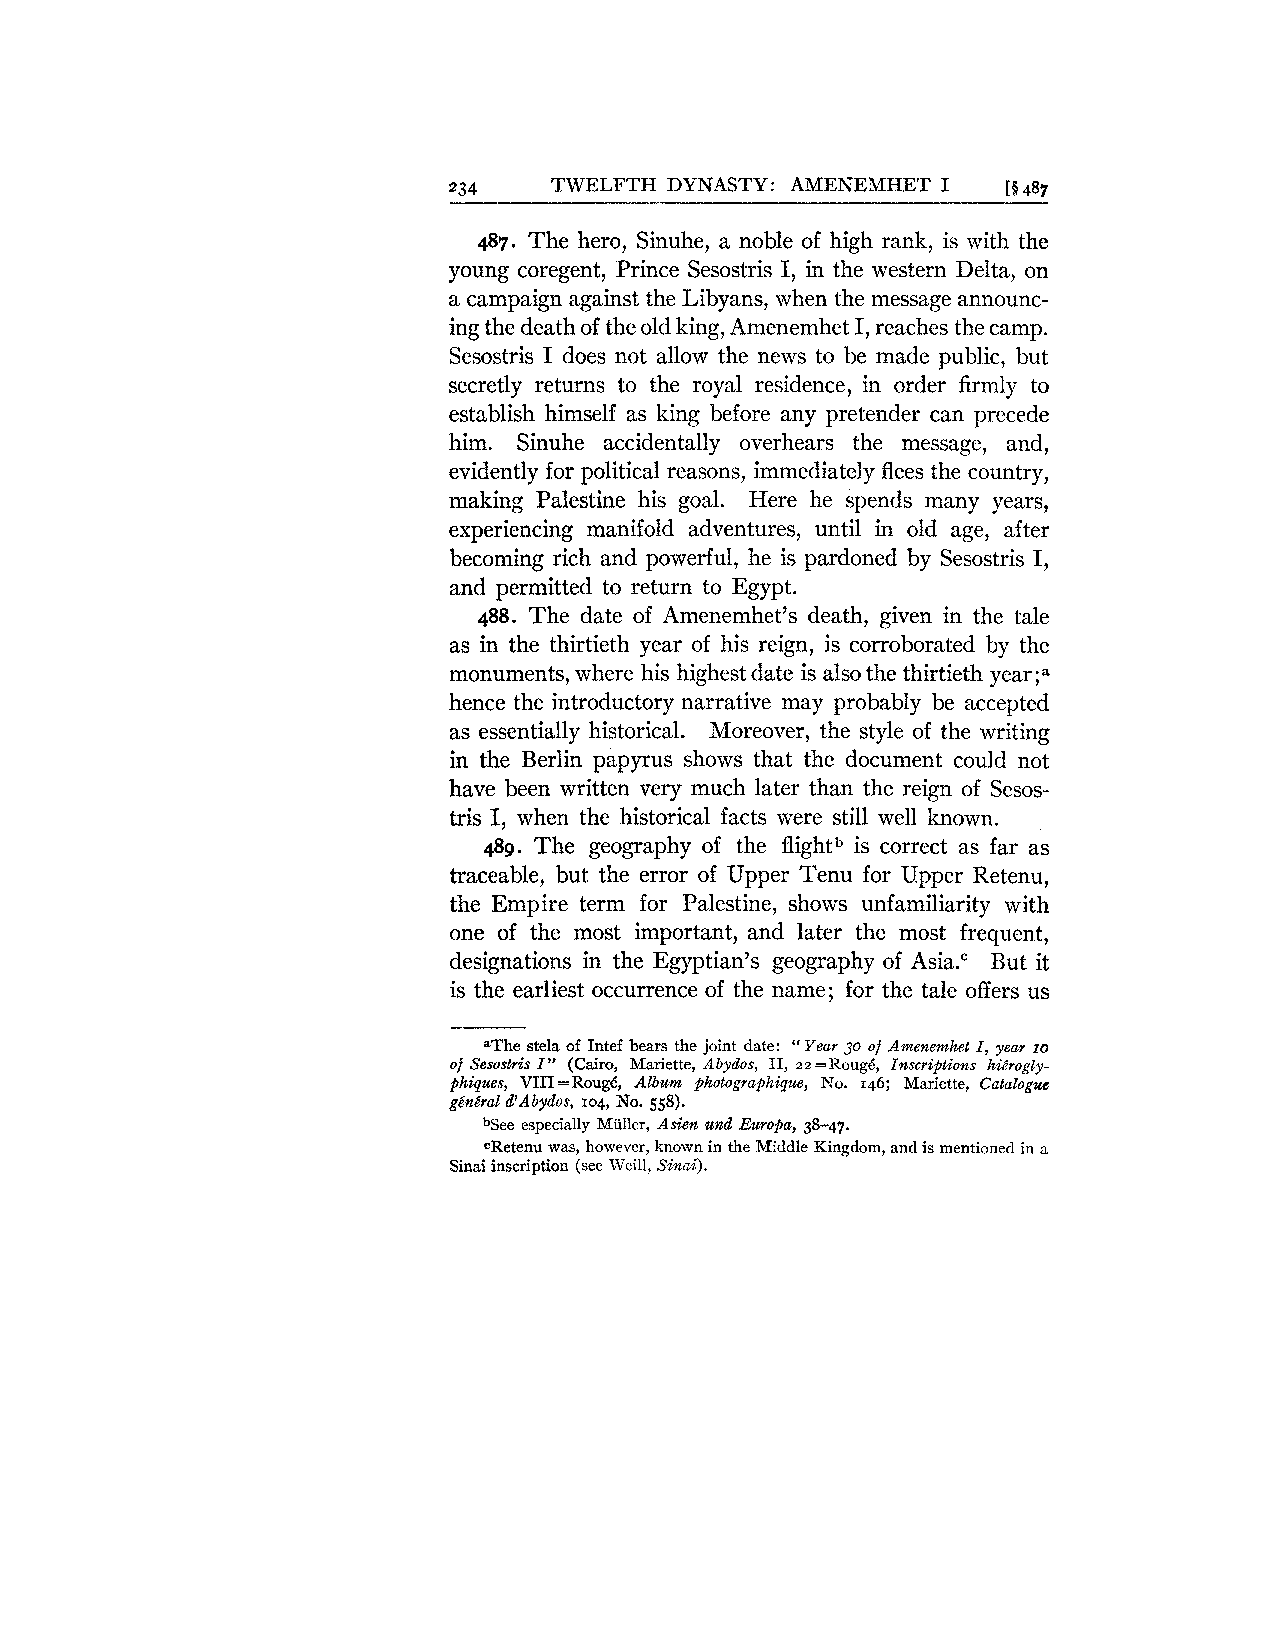
234   TWELFTH DYNASTY: AMENEMHET I   [§ 48,
 487. The hero, Sinuhe, a noble of high rank, is with the
 young coregent, Prince Sesostris I, in the western Delta, on
 a campaign against the Libyans, when the message announc-
 ing the death of the old king, Amenemhet I, reaches the camp.
 Sesostris I does not allow the news to be made public, but
 secretly returns to the royal residence, in order firmly to
 establish himself as king before any pretender can precede
 him. Sinuhe accidentally overhears the message, and,
 evidently for political reasons, immediately flees the country,
 making Palestine his goal. Here he spends many years,
 experiencing manifold adventures, until in old age, after
 becoming rich and powerful, he is pardoned by Sesostris I,
 and permitted to return to Egypt.
 488. The date of Amenemhet's death, given in the tale
 as in the thirtieth year of his reign, is corroborated by the
 monuments, where his highest date is also the thirtieth year;a
 hence the introductory narrative may probably be accepted
 as essentially historical. Moreover, the style of the writing
 in the Berlin papyrus shows that the document could not
 have been written very much later than the reign of Sesos-
 tris I, when the historical facts were still well known.
 489. The geography of the flightb is correct as far as
 traceable, but the error of Upper Tenu for Upper Retenu,
 the Empire term for Palestine, shows unfamiliarity with
 one of the most important, and later the most frequent,
 designations in the Egyptian's geography of Asia." But it
 is the earliest occurrence of the name; for the tale offers us
 &Thes tela of Intef bears the joint date: "Year 30 of Amenemhet I, year 10
 of Sesostris I" (Cairo, Mariette, Abydos, 11, 22=Roug6, Inscriptions hihogly-
 phipues, VIII=Roug6, Album photographique, No. 146; Mariette, Catalogue
 g6nCal d'dbydos, 104, No. 558).
 bSee especially Miiller, Asie~u nd Europa, 38-47.
 CRetenu was, however, known in the Middle Kingdom, and is mentioned in a
 Sinai inscription (see Weill, Sinai).